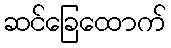
ဆင်ခြေထောက်